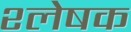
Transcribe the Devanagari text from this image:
श्लेषक